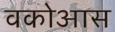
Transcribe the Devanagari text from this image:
वकोआस